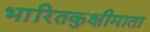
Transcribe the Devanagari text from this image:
भारितकुक्षीमाता